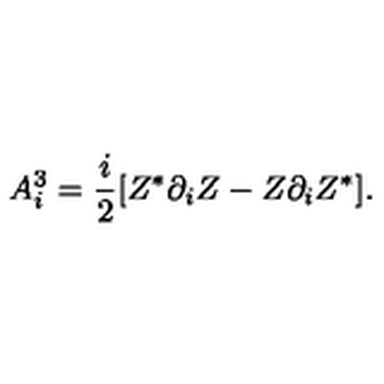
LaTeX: A _ { i } ^ { 3 } = \frac { i } { 2 } [ Z ^ { * } \partial _ { i } Z - Z \partial _ { i } Z ^ { * } ] .